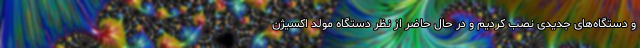
و دستگاه‌های جدیدی نصب کردیم و در حال حاضر از نظر دستگاه مولد اکسیژن